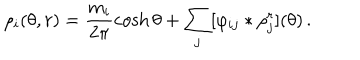
\rho _ { i } ( \theta , r ) = \frac { m _ { i } } { 2 \pi } \cosh \theta + \sum _ { j } [ \varphi _ { i j } \ast \rho _ { j } ^ { r } ] ( \theta ) \, .